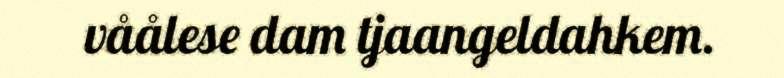
våålese dam tjaangeldahkem.